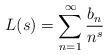
LaTeX: \begin{align*} L(s) = \sum_{n=1}^{\infty} \frac{b_n}{n^s}\end{align*}